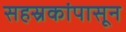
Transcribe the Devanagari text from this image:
सहस्रकांपासून